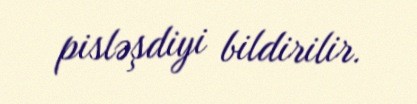
pisləşdiyi bildirilir.